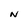
Character: N